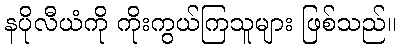
နပိုလီယံကို ကိုးကွယ်ကြသူများ ဖြစ်သည်။